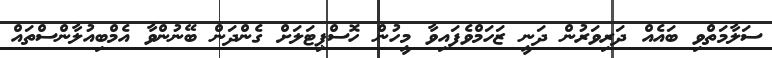
ސަލާމަތްވި ބައެއް ދަރިވަރުން ދަނީ ޒަހަމްވެފައިވާ މީހުން ހޮސްޕިޓަލަށް ގެންދަން ބޭނުންވާ އެމްބިއުލާންސްތައް